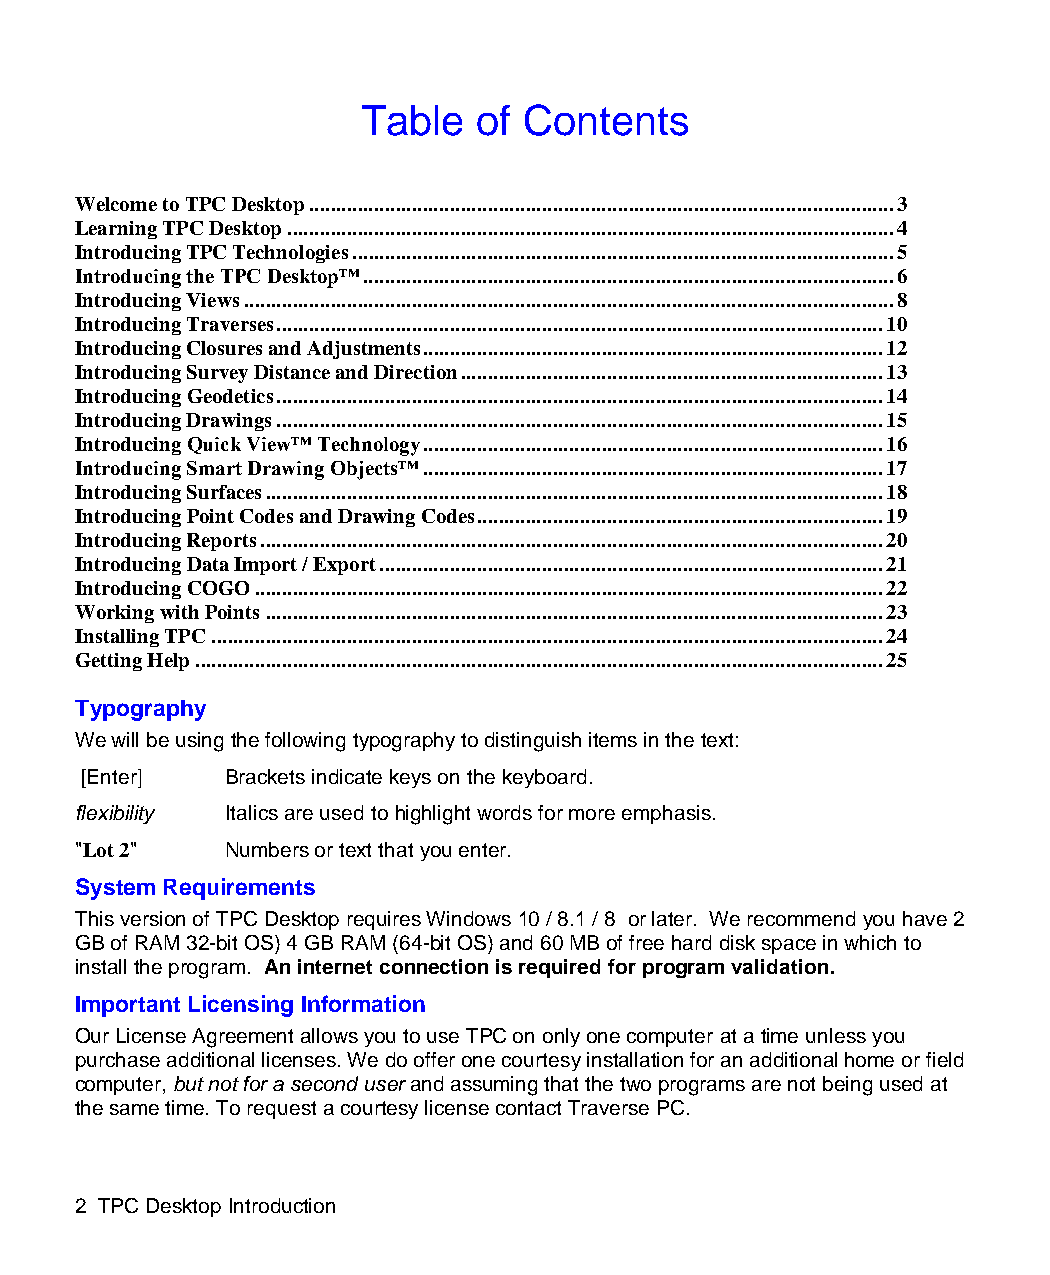
Table   of Contents
 Welcome to TPC Desktop ............................................................................................................ 3
 Learning TPC Desktop ................................................................................................................ 4
 Introducing TPC Technologies .................................................................................................... 5
 Introducing the TPC Desktop™ .................................................................................................. 6
 Introducing Views ........................................................................................................................ 8
 Introducing Traverses ................................................................................................................ 10
 Introducing Closures and Adjustments ..................................................................................... 12
 Introducing Survey Distance and Direction .............................................................................. 13
 Introducing Geodetics ................................................................................................................ 14
 Introducing Drawings ................................................................................................................ 15
 Introducing Quick View™ Technology ..................................................................................... 16
 Introducing Smart Drawing Objects™ ..................................................................................... 17
 Introducing Surfaces .................................................................................................................. 18
 Introducing Point Codes and Drawing Codes ........................................................................... 19
 Introducing Reports ................................................................................................................... 20
 Introducing Data Import / Export ............................................................................................. 21
 Introducing COGO .................................................................................................................... 22
 Working with Points .................................................................................................................. 23
 Installing TPC ............................................................................................................................ 24
 Getting Help ............................................................................................................................... 25
 Typography
 We will be using the following typography to distinguish items in the text:
 [Enter]   Brackets indicate keys on the keyboard.
 flexibility Italics are used to highlight words for more emphasis.
 "Lot 2"   Numbers or text that you enter.
 System Requirements
 This version of TPC Desktop requires Windows 10 / 8.1 / 8 or later. We recommend you have 2
 GB of RAM 32-bit OS) 4 GB RAM (64-bit OS) and 60 MB of free hard disk space in which to
 install the program. An internet connection is required for program validation.
 Important Licensing Information
 Our License Agreement allows you to use TPC on only one computer at a time unless you
 purchase additional licenses. We do offer one courtesy installation for an additional home or field
 computer, but not for a second user and assuming that the two programs are not being used at
 the same time. To request a courtesy license contact Traverse PC.
 2 TPC Desktop Introduction